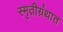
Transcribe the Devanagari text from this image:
स्मृतीग्रंथात